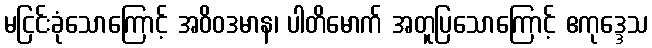
မငြင်းခုံသောကြောင့် အဝိဝဒမာန၊ ပါတိမောက် အတူပြသောကြောင့် ဧကုဒ္ဒေသ